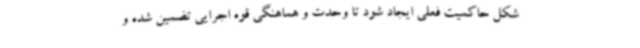
شکل حاکمیت فعلی ایجاد شود تا وحدت و هماهنگی قوه اجرایی تضمین شده و